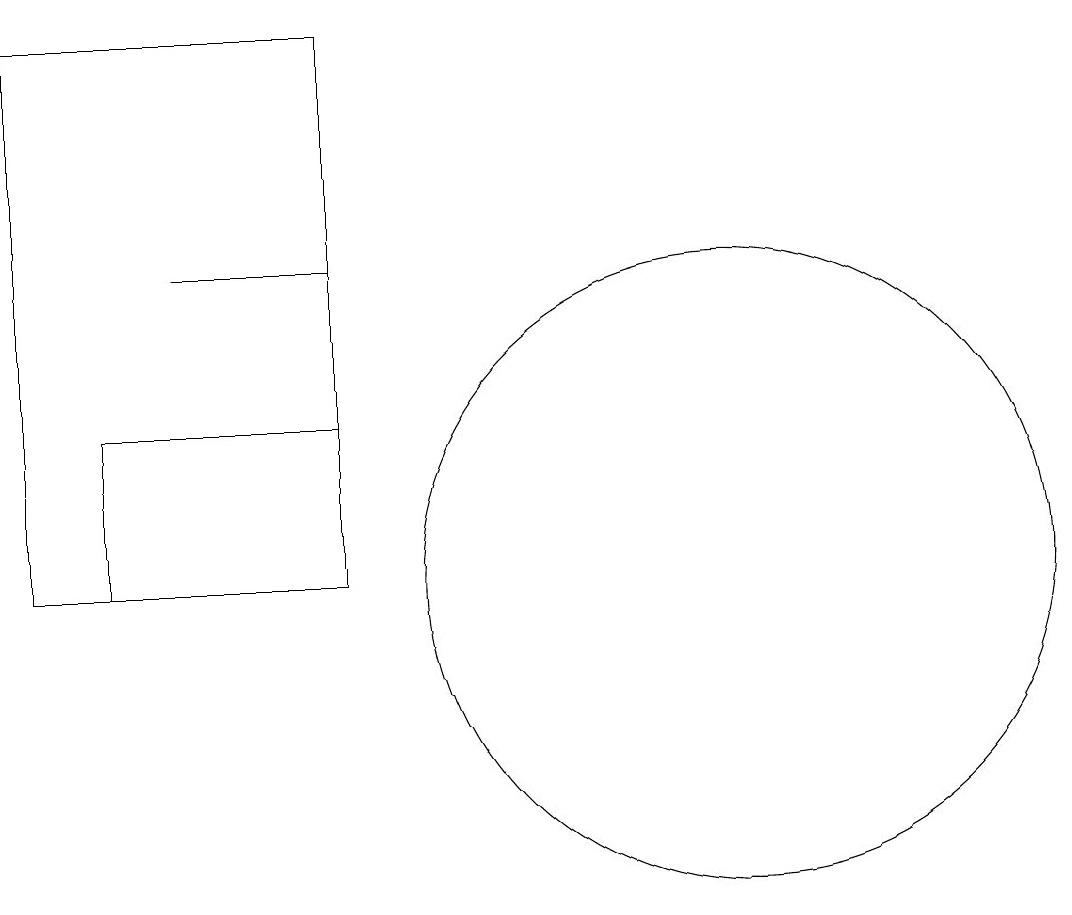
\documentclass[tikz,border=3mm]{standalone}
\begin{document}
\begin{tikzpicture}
\draw (4,15) rectangle (6,15);
\draw (11,11) circle (4);
\draw (2,18) rectangle (6,11);
\draw (10,12) circle (0);
\draw (6,11) rectangle (3,13);
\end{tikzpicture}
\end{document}